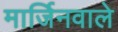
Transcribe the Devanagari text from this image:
मार्जिनवाले